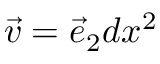
{ \vec { v } } = { \vec { e } } _ { 2 } d x ^ { 2 }